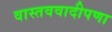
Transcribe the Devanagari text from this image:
वास्तववादीपणा